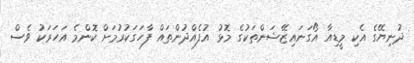
ދުނިޔޭގެ އެކި މީޑިއާ އޯގަނައިޒޭޝަންތަކުގެ މޮޅު އުފެއްދުންތައް ފާހަގަކުރުމަށް ކޮންމެ އަހަރަކު ވެސް